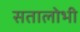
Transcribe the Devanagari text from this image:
सतालोभी